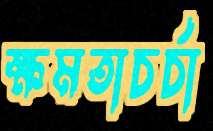
ক্ষমতাচর্চা